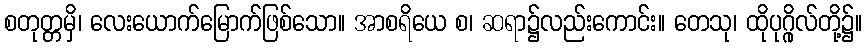
စတုတ္တမှိ၊ လေးယောက်မြောက်ဖြစ်သော။ အာစရိယေ စ၊ ဆရာ၌လည်းကောင်း။ တေသု၊ ထိုပုဂ္ဂိုလ်တို့၌။